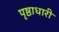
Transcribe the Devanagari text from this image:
पृष्ठाधारी